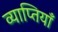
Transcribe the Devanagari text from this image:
व्याप्तियाँ